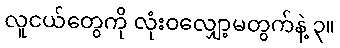
လူငယ်တွေကို လုံးဝလျှော့မတွက်နဲ့ ၃။